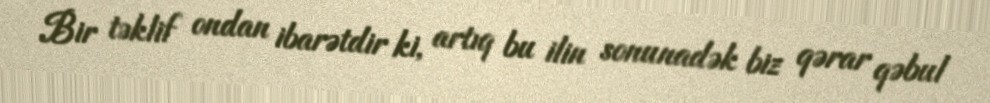
Bir təklif ondan ibarətdir ki, artıq bu ilin sonunadək biz qərar qəbul